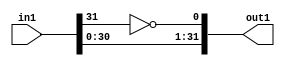
`timescale 1ps / 1ps
/*****************************************************************************
    Verilog RTL Description
    
    
    Created by: CellMath Designer 2019.1.01 
*******************************************************************************/

module DFT_compute_entirecomputation_alt3_4 (
	in1,
	out1
	); /* architecture "behavioural" */ 
input [31:0] in1;
output [31:0] out1;
wire  asc007;
wire [31:0] asc008;

assign asc007 = 
	((~in1[31]));

assign asc008 = {in1[30:0],asc007};

assign out1 = asc008;
endmodule

/* CADENCE  ubLyQwk= : u9/ySgnWtBlWxVPRXgAZ4Og= ** DO NOT EDIT THIS LINE ******/